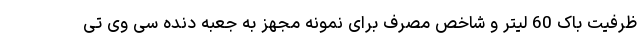
ظرفیت باک 60 لیتر و شاخص مصرف برای نمونه مجهز به جعبه دنده سی وی تی